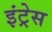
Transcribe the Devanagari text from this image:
इंट्रेस